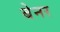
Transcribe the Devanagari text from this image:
बेनर